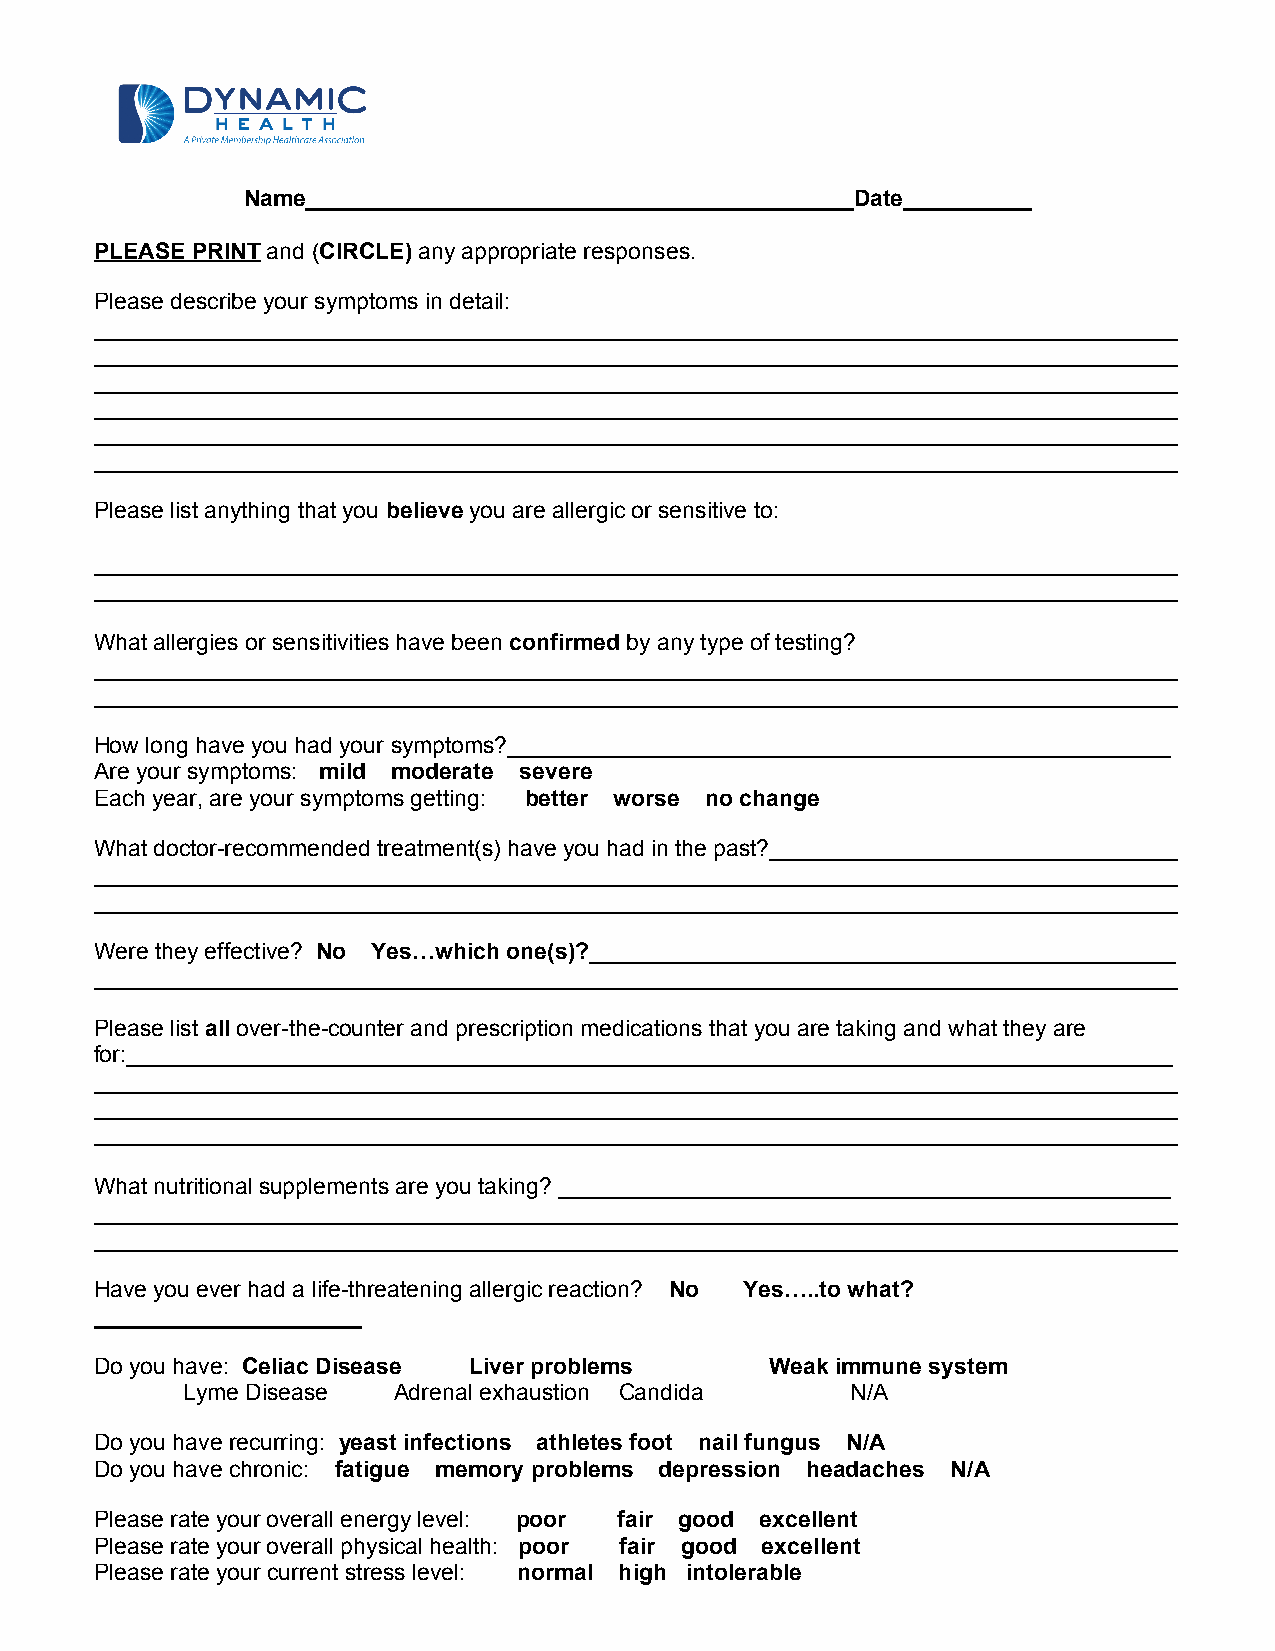
Name___________________________________________Date__________
 PLEASE PRINT and (CIRCLE) any appropriate responses.
 Please describe your symptoms in detail:
 _____________________________________________________________________________________
 _____________________________________________________________________________________
 _____________________________________________________________________________________
 _____________________________________________________________________________________
 _____________________________________________________________________________________
 _____________________________________________________________________________________
 Please list anything that you believe you are allergic or sensitive to:
 _____________________________________________________________________________________
 _____________________________________________________________________________________
 What allergies or sensitivities have been confirmed by any type of testing?
 _____________________________________________________________________________________
 _____________________________________________________________________________________
 How long have you had your symptoms?____________________________________________________
 Are your symptoms: mild moderate severe
 Each year, are your symptoms getting: better worse no change
 What doctor-recommended treatment(s) have you had in the past?________________________________
 _____________________________________________________________________________________
 _____________________________________________________________________________________
 Were they effective? No Yes…which one(s)?______________________________________________
 _____________________________________________________________________________________
 Please list all over-the-counter and prescription medications that you are taking and what they are
 for:__________________________________________________________________________________
 _____________________________________________________________________________________
 _____________________________________________________________________________________
 _____________________________________________________________________________________
 What nutritional supplements are you taking? ________________________________________________
 _____________________________________________________________________________________
 _____________________________________________________________________________________
 Have you ever had a life-threatening allergic reaction? No Yes…..to what?
 _____________________
 Do you have: Celiac Disease Liver problems   Weak immune system
 Lyme Disease  Adrenal exhaustion Candida    N/A
 Do you have recurring: yeast infections athletes foot nail fungus N/A
 Do you have chronic: fatigue memory problems depression headaches N/A
 Please rate your overall energy level: poor fair good excellent
 Please rate your overall physical health: poor fair good excellent
 Please rate your current stress level: normal high intolerable